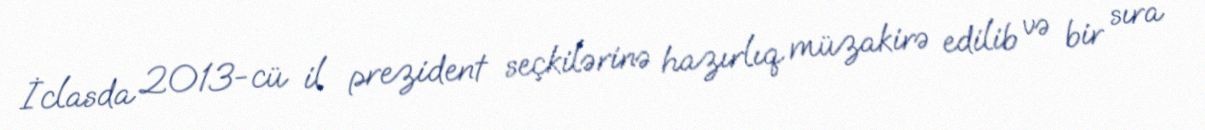
İclasda 2013-cü il prezident seçkilərinə hazırlıq müzakirə edilib və bir sıra